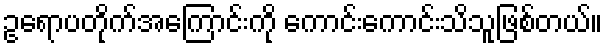
ဥရောပတိုက်အကြောင်းကို ကောင်းကောင်းသိသူဖြစ်တယ်။